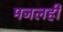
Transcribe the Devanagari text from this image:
मजलही